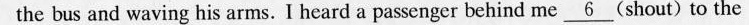
the bus and waving his arms. I heard a passenger behind me \underline{6}